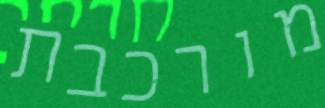
מורכבת